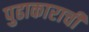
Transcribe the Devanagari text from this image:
पुढाकाराची